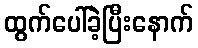
ထွက်ပေါ်ခဲ့ပြီးနောက်